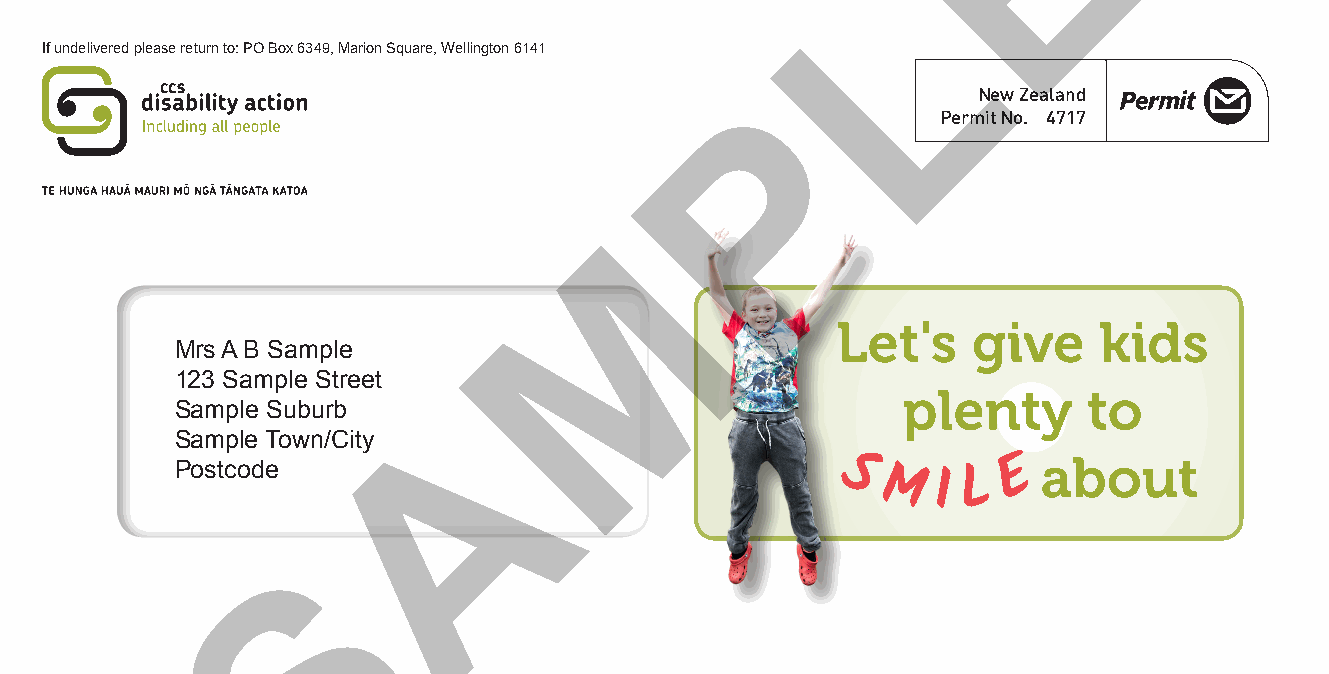
E
 L
 If undelivered please return to: PO Box 6349, Marion Square, Wellington 6141
 If undelivered please return to: PO Box 6349, Marion Square, Wellington 6141
 P
 New Zealand
 Permit No. 4717
 M
 Let's    give     kids
 Mrs A B Sample                     When        words        fail,
 Mrs A B1 S2a3m Spalemple Street
 A                               plenty      to
 123 SamSpalme Sptrleee St uburb         colours               do
 SampleS Saumbuprble Town/City
 about
 Postcode                                               E
 Sample Town/City                        theS      t Ma IlLking.
 Postcode
 S